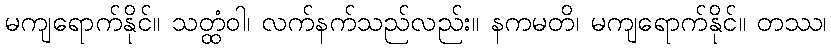
မကျရောက်နိုင်။ သတ္ထံဝါ၊ လက်နက်သည်လည်း။ နကမတိ၊ မကျရောက်နိုင်။ တဿ၊